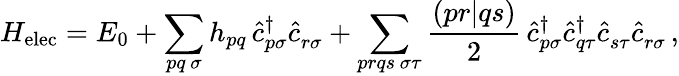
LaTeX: H_{\mathrm{elec}}=E_{0}+\sum_{\substack{pq\, \sigma}}h_{pq}\, \hat{c}_{p\sigma}^{\dagger}\hat{c}_{r\sigma}^{\phantom{\dagger}}+\sum_{\substack{prqs\, \sigma\tau}}\frac{(pr|qs)}{2}\, \hat{c}_{p\sigma}^{\dagger}\hat{c}_{q\tau}^{\dagger}\hat{c}_{s\tau}^{\phantom{\dagger}}\hat{c}_{r\sigma}^{\phantom{\dagger}}\, ,